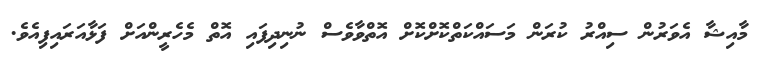
މާއިޝާ އެވަރުން ސިއްރު ކުރަން މަސައްކަތްކޮށްކޮށް އޮތްވާވެސް ނުނިދިފައި އޮތް މެހެރީންއަށް ފަޅާއަރައިފިއެވެ.